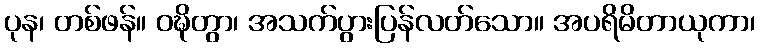
ပုန၊ တစ်ဖန်။ ဝဍ္ဎိတွာ၊ အသက်ပွားပြန်လတ်သော။ အပရိမိတာယုကာ၊